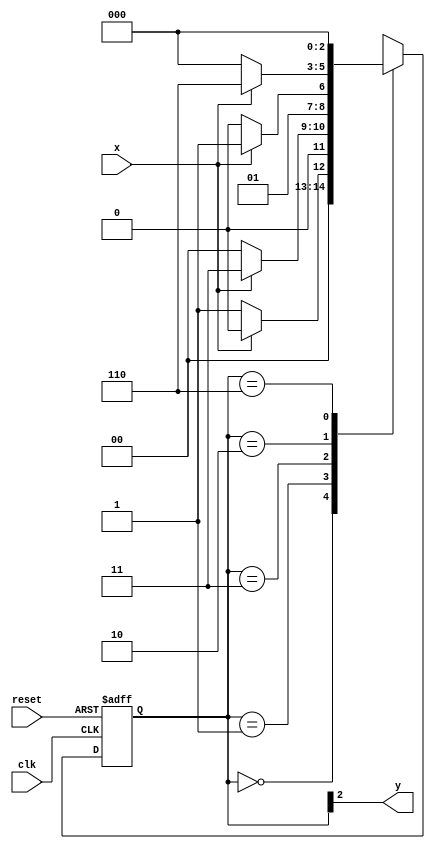
//Henrique Carvalho Parreira
//347133


`define found    1
`define notfound 0


module  exe02 ( y, x, clk, reset );
 output y;
 input  x;
 input  clk;
 input  reset;

 reg    y;

 parameter        
   start  = 3'b000,
   id0    = 3'b001,
   id01   = 3'b011,
   id010  = 3'b010,
   id0101 = 3'b110;  

   reg [2:0] E1;	
   reg [2:0] E2;	


   always @( x or E1 )
    begin
     case( E1 )
      start:
        if ( x )
         E2 = start;
        else
         E2 = id0;
      id0:
        if ( x )
         E2 = id01;
        else
         E2 = start;	
      id01:
        if ( x )
         E2 = id01;  
        else
         E2 = id010;
      id010:
        if ( x )
         E2 = id0101;
        else
         E2 = start;
      id0101:
        if ( x )
         E2 = start;
        else
         E2 = start;
     default:     
         E2 = 3'bxxx;
     endcase
    end 
	 

   always @( posedge clk or negedge reset )
    begin
     if ( reset )
      E1 = E2;    
		     else
      E1 = 0;       
		 end 

   always @( E1 )
    begin
     y = E1[2];      end 

endmodule //exe02


module teste;
 reg   clk, reset, x;
 wire  e02;

 exe02 exe2 ( e02, x, clk, reset );

 initial
  begin
 $display("Henrique Carvalho Parreira - 347133");
$display("Guia 11 Ex:01\n");
   $display ( "Time     X   Ex02" );

// initial values
       clk   = 1;
       reset = 0;
       x     = 0;

// input signal changing
  #5   reset = 1;
  #10  x = 1;
  #10  x = 0;
  #10  x = 0;
  #10  x = 1;
  #10  x = 0;
  #10  x = 1;
  #10  x = 0;
  #10  x = 1;

  #30 $finish;
 end 

 always
  #5 clk = ~clk;

 always @( posedge clk )
  begin
   $display ( "%4d  %4b  %4b", $time, x, e02 );
  end 
  
endmodule

/* 	TESTE


    
Henrique Carvalho Parreira
347133

    
    Time     X   Ex02
      10     0     0
      20     1     0
      30     0     0
      40     0     0
      50     1     0
      60     0     0
      70     1     0
      80     0     0
      90     1     0
     100     1     1
     110     1     0
     
     */